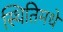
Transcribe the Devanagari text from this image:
स्थितिमधे